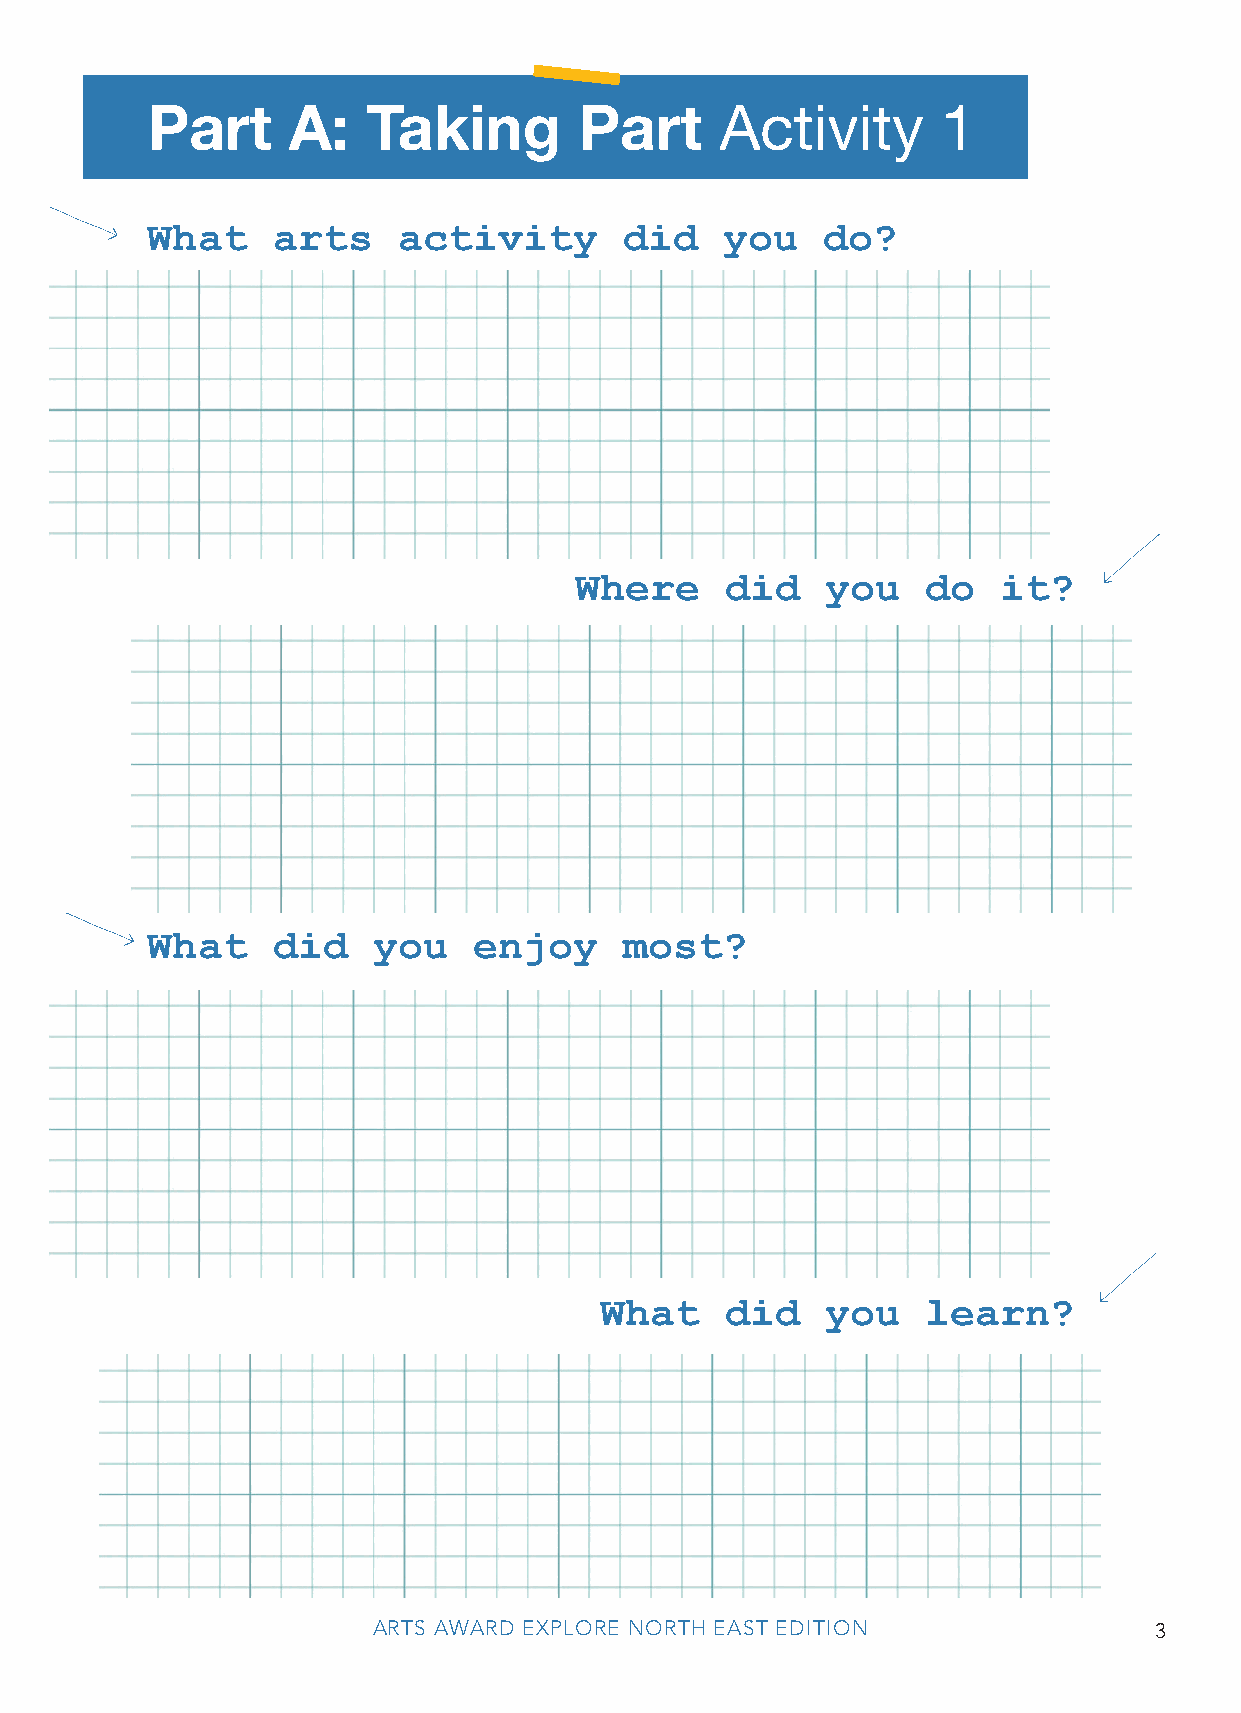
Part     A:   Taking        Part      Activity      1
 What    arts    activity       did    you   do?
 Where     did    you   do   it?
 What    did    you   enjoy     most?
 What    did    you   learn?
 ARTS AWARD EXPLORE NORTH EAST EDITION              3